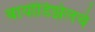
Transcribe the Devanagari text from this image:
बायोडिझेलचे